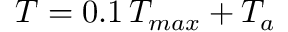
T = 0 . 1 \, T _ { m a x } + T _ { a }